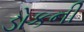
ડોકની